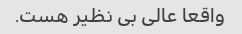
واقعا عالی بی نظیر هست.